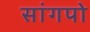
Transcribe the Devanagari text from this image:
सांगपो